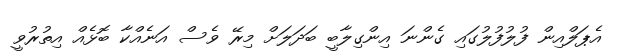
އެޕަލްއިން ފުލުފުލުގައި ގެންނަ އިންގިލާބީ ބަދަލަށް މިރޭ ވެސް އަނެއްކާ ބޮޅެއް އިތުރުވީ